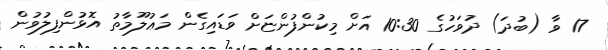
17 ވާ (ބުދަ) ދުވަހުގެ 10:30 އަށް މިކުންފުންޏަށް ވަޑައިގެން މަޢުލޫމާތު އޮޅުންފިލުވުން